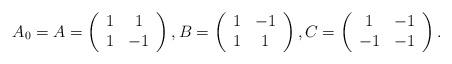
LaTeX: \begin{align*}A_{0}=A=\left( \begin{array}{cc}1 & 1 \\ 1 & -1\end{array}\right) ,B=\left( \begin{array}{cc}1 & -1 \\ 1 & 1\end{array}\right) ,C=\left( \begin{array}{cc}1 & -1 \\ -1 & -1\end{array}\right) . \end{align*}